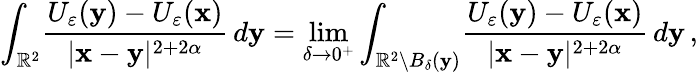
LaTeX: \int_{\mathbb{R}^{2}}\! \frac{U_{\varepsilon}(\mathbf{y})-U_{\varepsilon}(\mathbf{x})}{|\mathbf{x}-\mathbf{y}|^{2+2\alpha}}\, d\mathbf{y}=\operatorname*{lim}_{\delta\to 0^{+}}\int_{\mathbb{R}^{2}\setminus B_{\delta}(\mathbf{y})}\! \frac{U_{\varepsilon}(\mathbf{y})-U_{\varepsilon}(\mathbf{x})}{|\mathbf{x}-\mathbf{y}|^{2+2\alpha}}\, d\mathbf{y}\, ,